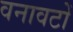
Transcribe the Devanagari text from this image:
वनावटों